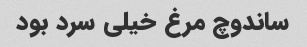
ساندوچ مرغ خیلی سرد بود